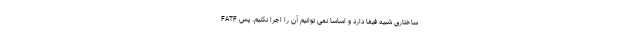
FATF ساختاری شبیه فیفا دارد و اساسا نمی توانیم آن را اجرا نکنیم. پس